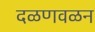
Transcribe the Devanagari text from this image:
दळणवळन